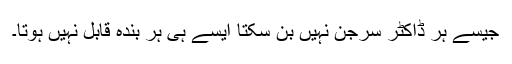
جیسے ہر ڈاکٹر سرجن نہیں بن سکتا ایسے ہی ہر بندہ قابل نہیں ہوتا۔